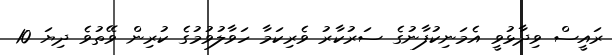
ރައީސް ވިދާޅުވީ އެމަނިކުފާނުގެ ސަރުކާރު ވެރިކަމާ ހަވާލުވުމުގެ ކުރިން ވޭތުވެ ދިޔަ 10